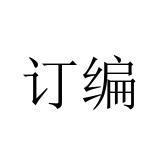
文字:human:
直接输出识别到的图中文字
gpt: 订编